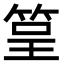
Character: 䇸